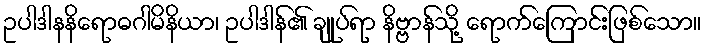
ဥပါဒါနနိရောဓဂါမိနိယာ၊ ဥပါဒါန်၏ ချုပ်ရာ နိဗ္ဗာန်သို့ ရောက်ကြောင်းဖြစ်သော။